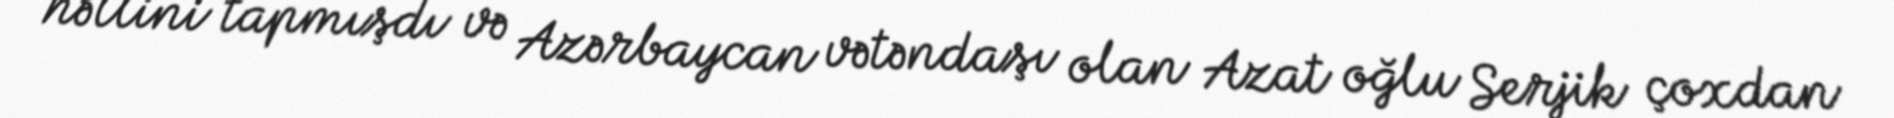
həllini tapmışdı və Azərbaycan vətəndaşı olan Azat oğlu Serjik çoxdan